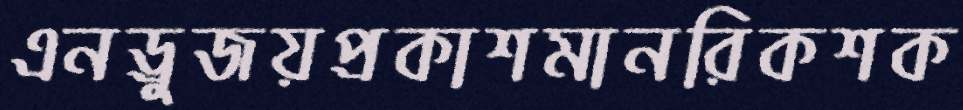
এনড্রুজয়প্রকাশমানরিকশক